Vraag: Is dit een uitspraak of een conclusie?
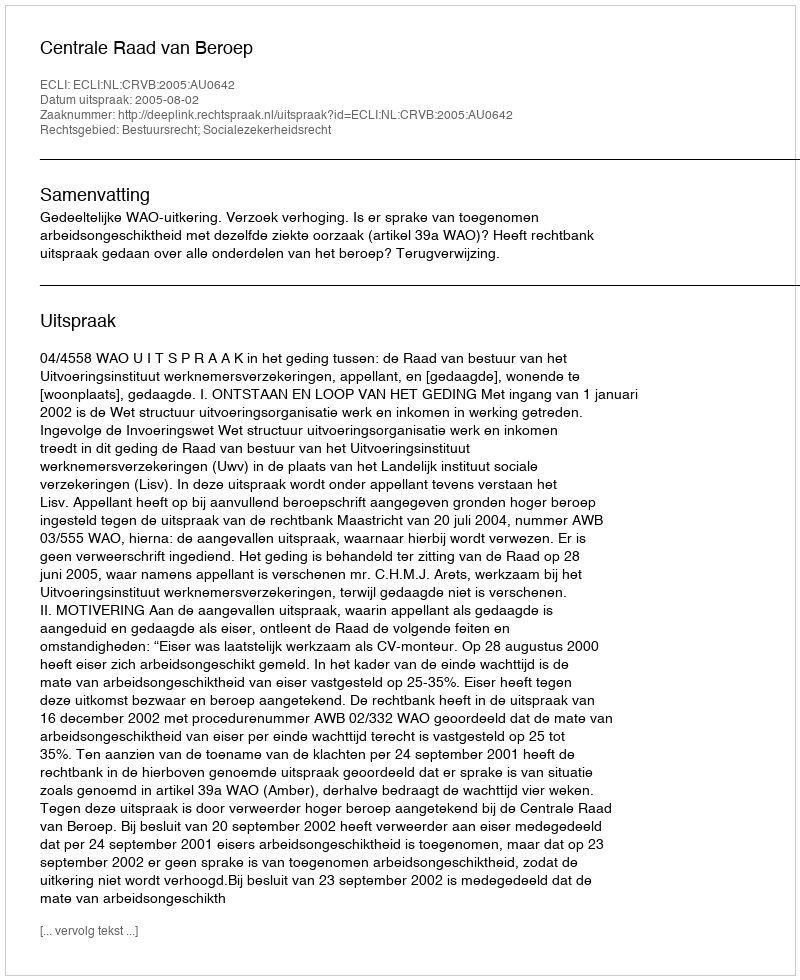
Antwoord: Uitspraak